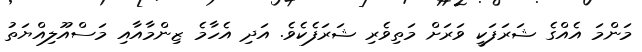
މަންމަ އެއްގެ ޝަރަފަކީ ވަރަށް މަތިވެރި ޝަރަފެކެވެ. އަދި އެހާމެ ޒިންމާއާއި މަސްއޫލިއްޔަތު